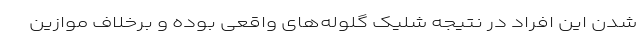
شدن این افراد در نتیجه شلیک گلوله‌های واقعی بوده و برخلاف موازین